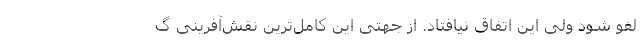
لغو شود ولی این اتفاق نیافتاد. از جهتی این کامل‌ترین نقش‌آفرینی گ